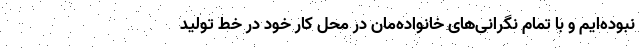
نبوده‌ایم و با تمام نگرانی‌های خانواده‌مان در محل کار خود در خط تولید